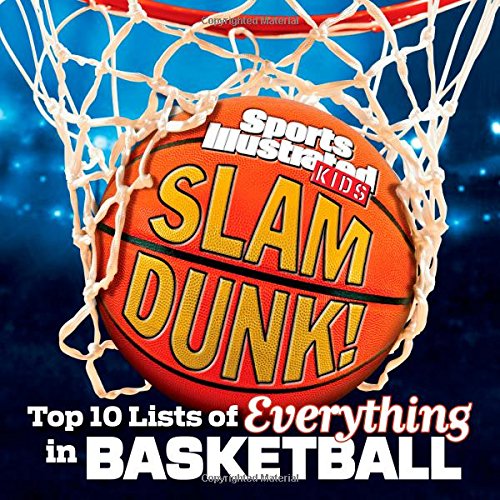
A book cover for Sports Illustrated Kids Slam Dunk!: Top 10 Lists of Everything in Basketball; The Editors of Sports Illustrated Kids; Children's Books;